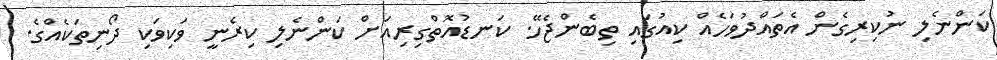
ކަންނެލި ނުކިރިގެން އެތައްދުވަހެއް ކިއުގައި ތިބެންޖެހޭ. ކަނޑުއޮތްގިރިއަށް ކަންނެލި ކިރެނީ ވަކިވަކި ދޯނިތަކެއްގެ.